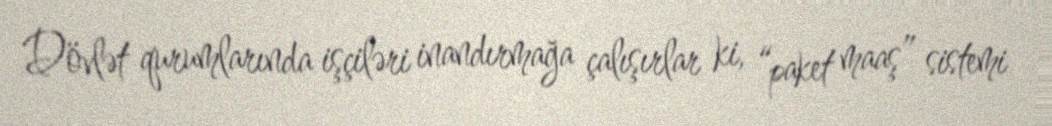
Dövlət qurumlarında işçiləri inandırmağa çalışırlar ki, “paket maaş” sistemi